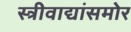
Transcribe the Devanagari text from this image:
स्त्रीवाद्यांसमोर